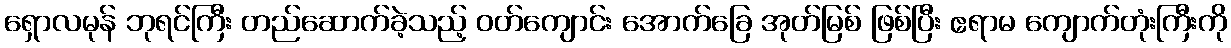
ရှောလမုန် ဘုရင်ကြီး တည်ဆောက်ခဲ့သည့် ဝတ်ကျောင်း အောက်ခြေ အုတ်မြစ် ဖြစ်ပြီး ဧရာမ ကျောက်တုံးကြီးကို